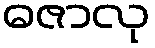
ဓဇာလု